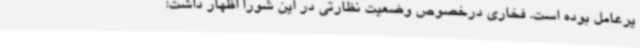
یرعامل بوده است. فخاری درخصوص وضعیت نظارتی در این شورا اظهار داشت: